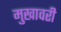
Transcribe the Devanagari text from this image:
मुखावरी